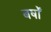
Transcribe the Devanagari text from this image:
बर्षोंं